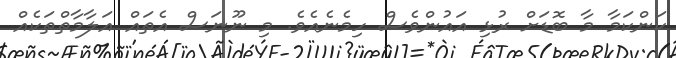
ކަންކަމާ މާ ބޮޑަށް ރުޅި އައުންވެސް ހިމެނެއެވެ. މި ނޫނަސް އެތައް އަލާމާތްތަކެއް